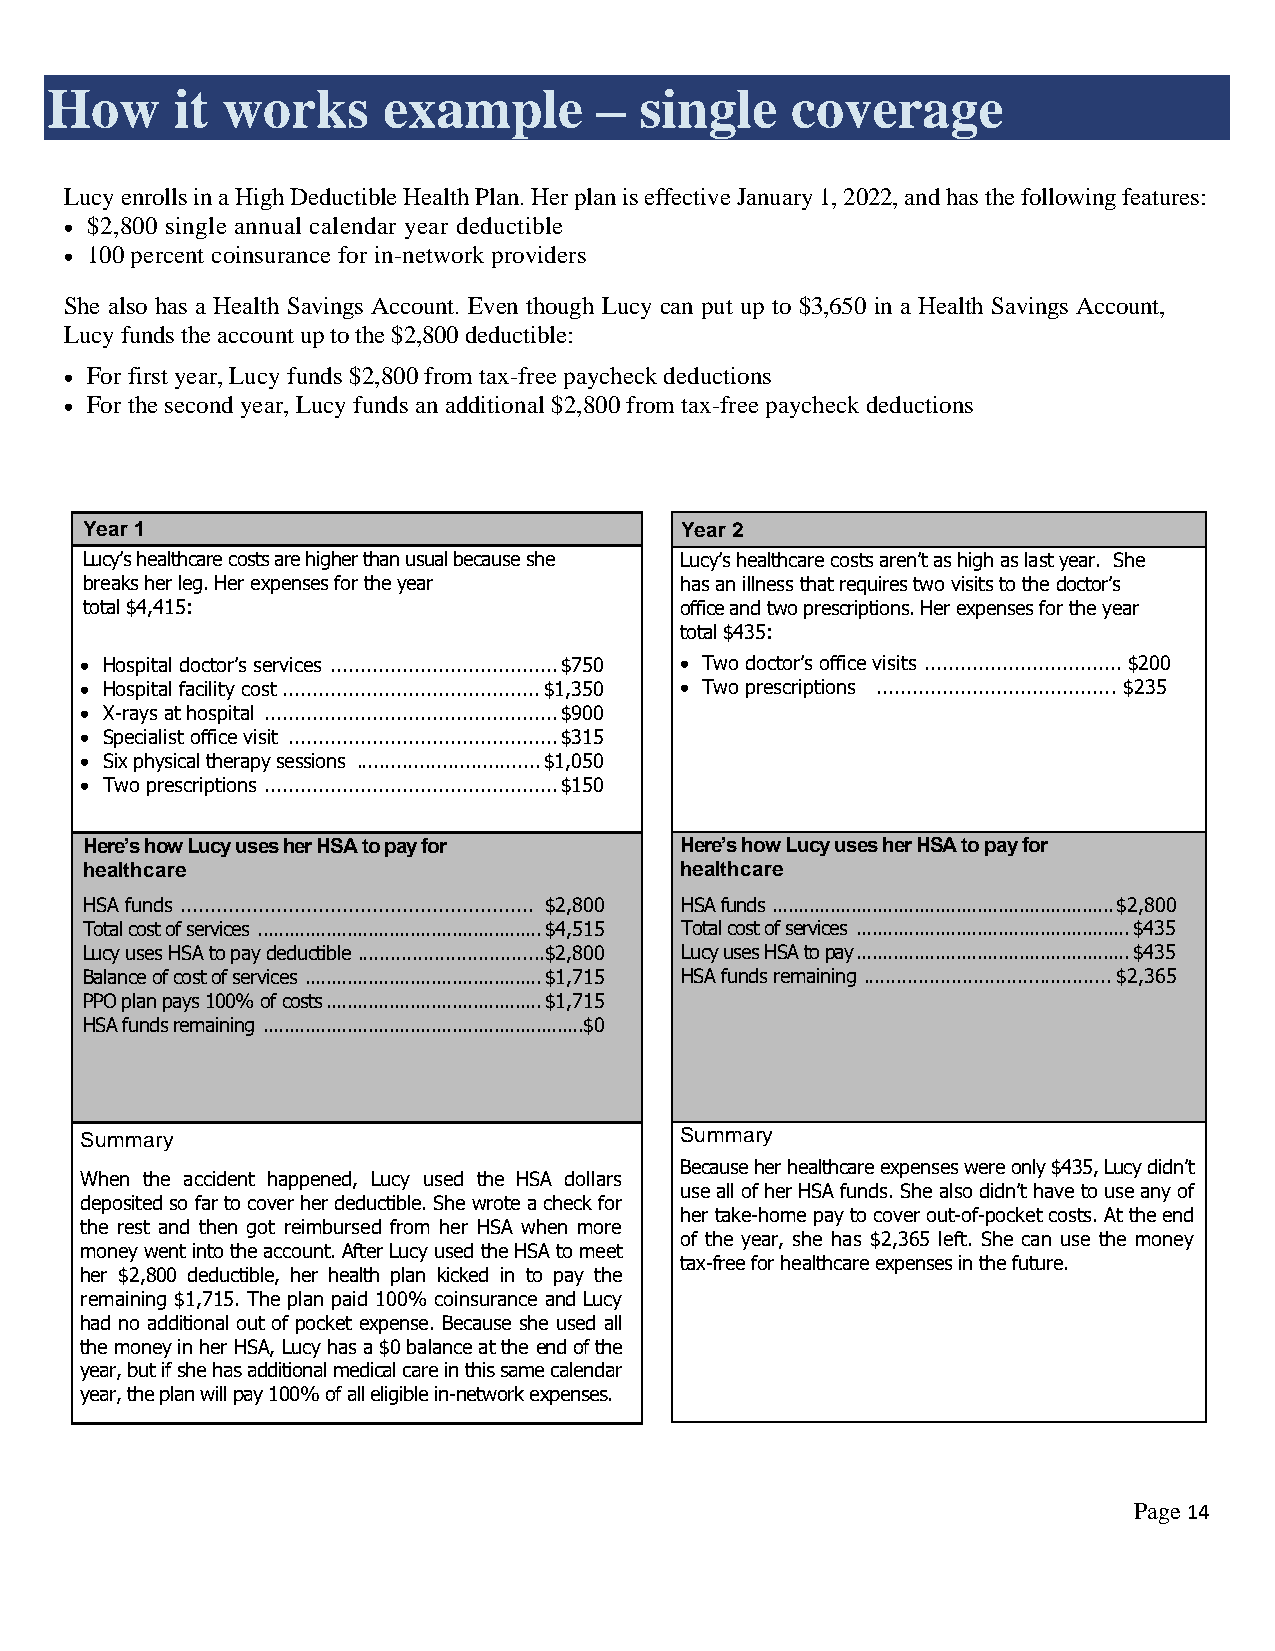
How      it works     example        – single    coverage
 Lucy enrolls in a High Deductible Health Plan. Her plan is effective January 1, 2022, and has the following features:
 • $2,800 single annual calendar year deductible
 • 100 percent coinsurance for in-network providers
 She also has a Health Savings Account. Even though Lucy can put up to $3,650 in a Health Savings Account,
 Lucy funds the account up to the $2,800 deductible:
 • For first year, Lucy funds $2,800 from tax-free paycheck deductions
 • For the second year, Lucy funds an additional $2,800 from tax-free paycheck deductions
 Year 1                                  Year 2
 Lucy’s healthcare costs are higher than usual because she Lucy’s healthcare costs aren’t as high as last year. She
 breaks her leg. Her expenses for the year has an illness that requires two visits to the doctor’s
 total $4,415:                           office and two prescriptions. Her expenses for the year
 total $435:
 • Hospital doctor’s services ...................................... $750 • Two doctor’s office visits ................................. $200
 • Hospital facility cost ........................................... $1,350 • Two prescriptions ....................................... . $235
 • X-rays at hospital ................................................. $900
 • Specialist office visit ............................................. $315
 • Six physical therapy sessions ................................ $1,050
 • Two prescriptions ................................................. $150
 Here’s how Lucy uses her HSA to pay for Here’s how Lucy uses her HSA to pay for
 healthcare                              healthcare
 HSA funds ........................................................... $2,800 HSA funds ................................................................. $2,800
 Total cost of services ...................................................... $4,515 Total cost of services .................................................... $435
 Lucy uses HSA to pay deductible ..................................$2,800 Lucy uses HSA to pay .................................................... $435
 Balance of cost of services ............................................. $1,715 HSA funds remaining ............................................. $2,365
 PPO plan pays 100% of costs ......................................... $1,715
 HSA funds remaining ............................................................. $0
 Summary                                 Summary
 Because her healthcare expenses were only $435, Lucy didn’t
 When the accident happened, Lucy used the HSA dollars
 use all of her HSA funds. She also didn’t have to use any of
 deposited so far to cover her deductible. She wrote a check for
 her take-home pay to cover out-of-pocket costs. At the end
 the rest and then got reimbursed from her HSA when more
 of the year, she has $2,365 left. She can use the money
 money went into the account. After Lucy used the HSA to meet
 tax-free for healthcare expenses in the future.
 her $2,800 deductible, her health plan kicked in to pay the
 remaining $1,715. The plan paid 100% coinsurance and Lucy
 had no additional out of pocket expense. Because she used all
 the money in her HSA, Lucy has a $0 balance at the end of the
 year, but if she has additional medical care in this same calendar
 year, the plan will pay 100% of all eligible in-network expenses.
 Page 14